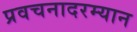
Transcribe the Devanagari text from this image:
प्रवचनादरम्यान